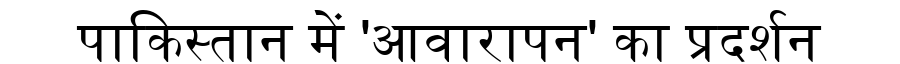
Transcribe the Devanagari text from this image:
पाकिस्तान में 'आवारापन' का प्रदर्शन